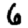
Digit: 6